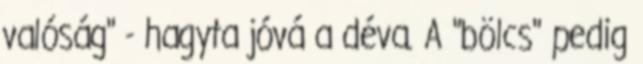
valóság" - hagyta jóvá a déva. A "bölcs" pedig